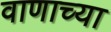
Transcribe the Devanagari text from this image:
वाणाच्या